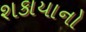
શકાયાનો